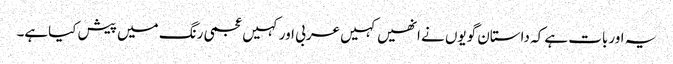
یہ اوربات ہے کہ داستان گویوں نے انھیں کہیں عربی اورکہیں عجمی رنگ میں پیش کیاہے۔